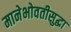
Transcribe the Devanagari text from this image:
मानेभोवतीसुद्धा